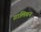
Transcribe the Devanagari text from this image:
ग़ालिबन